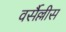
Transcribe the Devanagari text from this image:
वर्सैल्लीस